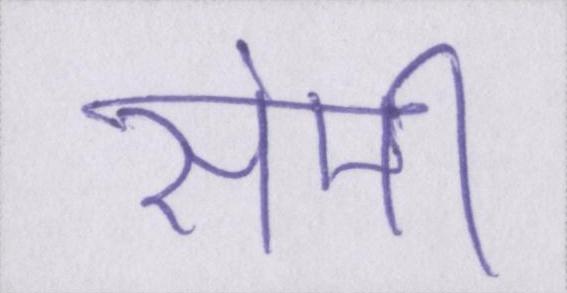
सेमी